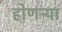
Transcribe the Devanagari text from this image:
होणऱ्या